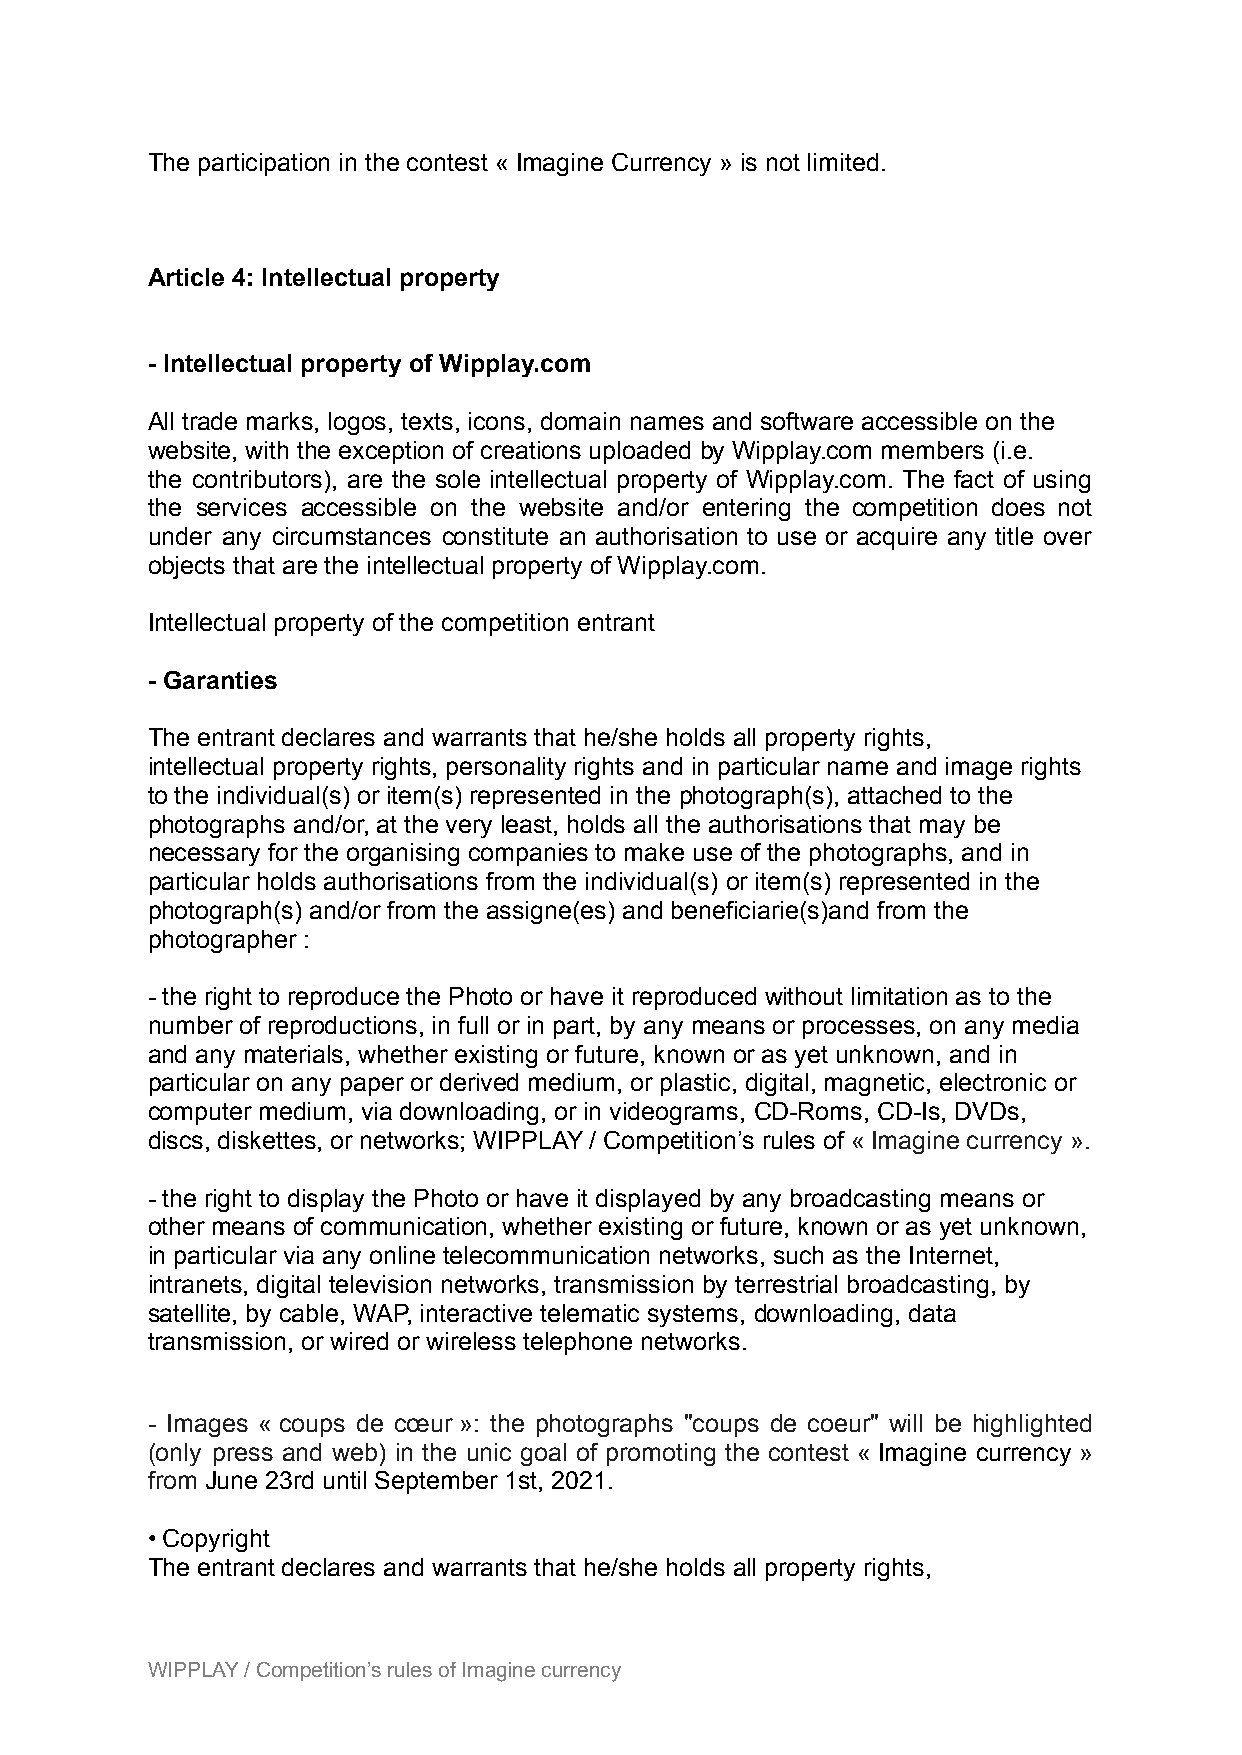
The participation in the contest « Imagine Currency » is not limited.
 Article 4: Intellectual property
 - Intellectual property of Wipplay.com
 All trade marks, logos, texts, icons, domain names and software accessible on the
 website, with the exception of creations uploaded by Wipplay.com members (i.e.
 the contributors), are the sole intellectual property of Wipplay.com. The fact of using
 the services accessible on the website and/or entering the competition does not
 under any circumstances constitute an authorisation to use or acquire any title over
 objects that are the intellectual property of Wipplay.com.
 Intellectual property of the competition entrant
 - Garanties
 The entrant declares and warrants that he/she holds all property rights,
 intellectual property rights, personality rights and in particular name and image rights
 to the individual(s) or item(s) represented in the photograph(s), attached to the
 photographs and/or, at the very least, holds all the authorisations that may be
 necessary for the organising companies to make use of the photographs, and in
 particular holds authorisations from the individual(s) or item(s) represented in the
 photograph(s) and/or from the assigne(es) and beneficiarie(s)and from the
 photographer :
 - the right to reproduce the Photo or have it reproduced without limitation as to the
 number of reproductions, in full or in part, by any means or processes, on any media
 and any materials, whether existing or future, known or as yet unknown, and in
 particular on any paper or derived medium, or plastic, digital, magnetic, electronic or
 computer medium, via downloading, or in videograms, CD-Roms, CD-Is, DVDs,
 discs, diskettes, or networks; WIPPLAY / Competition’s rules of « Imagine currency ».
 - the right to display the Photo or have it displayed by any broadcasting means or
 other means of communication, whether existing or future, known or as yet unknown,
 in particular via any online telecommunication networks, such as the Internet,
 intranets, digital television networks, transmission by terrestrial broadcasting, by
 satellite, by cable, WAP, interactive telematic systems, downloading, data
 transmission, or wired or wireless telephone networks.
 - Images « coups de cœur »: the photographs "coups de coeur" will be highlighted
 (only press and web) in the unic goal of promoting the contest « Imagine currency »
 from June 23rd until September 1st, 2021.
 • Copyright
 The entrant declares and warrants that he/she holds all property rights,
 WIPPLAY / Competition’s rules of Imagine currency